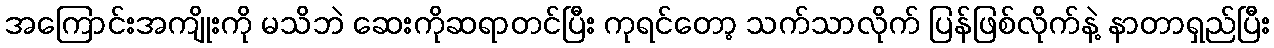
အကြောင်းအကျိုးကို မသိဘဲ ဆေးကိုဆရာတင်ပြီး ကုရင်တော့ သက်သာလိုက် ပြန်ဖြစ်လိုက်နဲ့ နာတာရှည်ပြီး